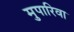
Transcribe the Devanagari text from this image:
मुपारिवा